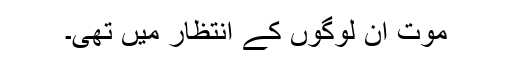
موت ان لوگوں کے انتظار میں تھی۔